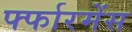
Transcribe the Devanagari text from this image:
र्फ्फारमेंस